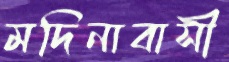
মদিনাবাসী